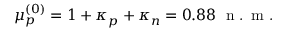
\mu _ { p } ^ { ( 0 ) } = 1 + \kappa _ { p } + \kappa _ { n } = 0 . 8 8 \; \textrm { n . m . }